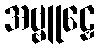
အဗ္ဗူဠှေ